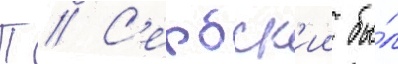
П // С'ербск'ии бы́л